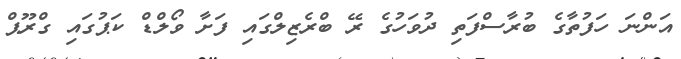
އަންނަ ހަފުތާގެ ބުރާސްފަތި ދުވަހުގެ ރޭ ބްރެޒިލްގައި ފަށާ ވޯލްޑް ކަޕުގައި ގްރޫޕް